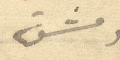
دمشق